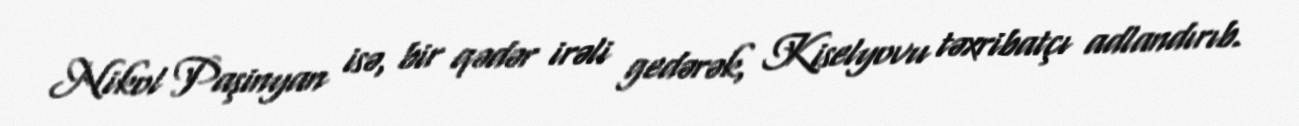
Nikol Paşinyan isə, bir qədər irəli gedərək, Kiselyovu təxribatçı adlandırıb.